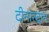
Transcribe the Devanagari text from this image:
दीनारदान